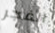
الفجر